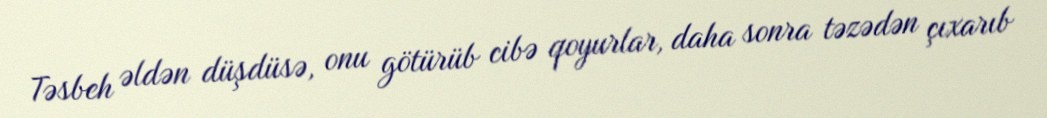
Təsbeh əldən düşdüsə, onu götürüb cibə qoyurlar, daha sonra təzədən çıxarıb